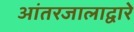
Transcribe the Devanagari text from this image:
आंतरजालाद्वारे